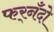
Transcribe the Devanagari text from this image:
फर्‌नँदो